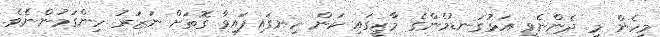
މިހެން މި ދެންނެވީ އަޅުގަނޑުމެންގެ މާޒީގައި ކަން ހިނގައިފައިވާ ގޮތަށް ނަޒަރު ހިންގަމުންނެވެ.